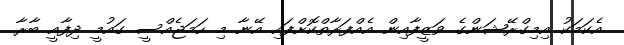
އެކަމަކު އިމިގްރޭޝަންގެ ވަޒީފާއިން އެއްފަރާތްކޮށްފައި އޭނާ މި ހަމަޖެއްސީ ގައުމީ ދިފާއީ ބާރާ